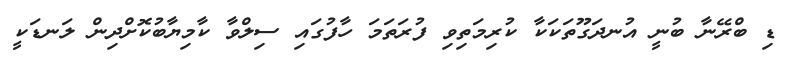
ޑި ބްރޭނާ ބުނީ އުނދަގޫތަކަކާ ކުރިމަތިވި ފުރަތަމަ ހާފުގައި ސިލްވާ ކާމިޔާބުކޮށްދިން ލަނޑަކީ